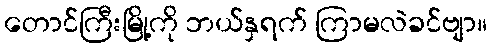
တောင်ကြီးမြို့ကို ဘယ်နှရက် ကြာမလဲခင်ဗျာ။